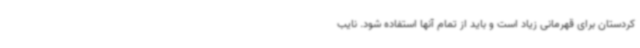
کردستان برای قهرمانی زیاد است و باید از تمام آنها استفاده شود. نایب